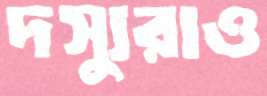
দস্যুরাও